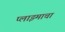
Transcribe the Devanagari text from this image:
प्लाझ्माचा